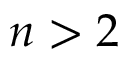
n > 2